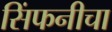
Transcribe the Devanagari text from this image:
सिंफनीचा